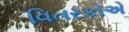
વિતરકોએ